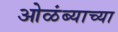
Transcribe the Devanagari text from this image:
ओळंब्याच्या